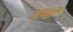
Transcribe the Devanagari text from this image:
अर्णों